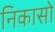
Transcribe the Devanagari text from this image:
निकासो